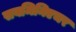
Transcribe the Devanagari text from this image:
सबमिनिएचर